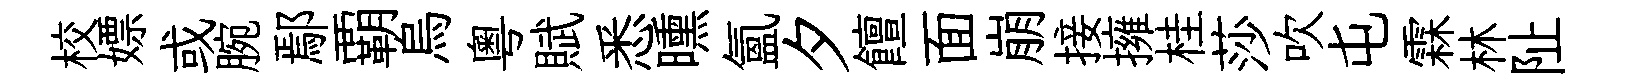
校嫖或腕鄢覇烏粵賦悉曛氲夕饘面崩接擁桂莎吹屯霖林阯